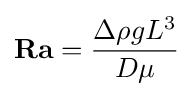
{\textbf {Ra}}={\frac {\Delta \rho gL^{3}}{D\mu }}